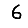
Digit: 6